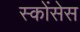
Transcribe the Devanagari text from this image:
स्कोंसेस